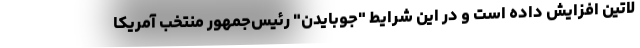
لاتین افزایش داده است و در این شرایط "جوبایدن" رئیس‌جمهور منتخب آمریکا